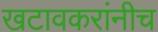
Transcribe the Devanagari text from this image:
खटावकरांनीच